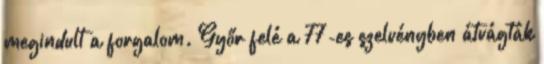
megindult a forgalom. Győr felé a 77-es szelvényben átvágták